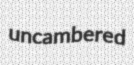
uncambered